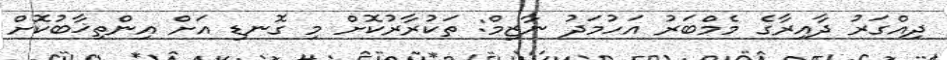
ދިއްގަރު ދާއިރާގެ މެމްބަރު އަހުމަދު ނާޒިމް: ތަކުރާރުކޮށް މި ގޮނޑި އަށް އިންތިޚާބުކޮށް